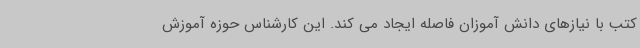
کتب با نیازهای دانش آموزان فاصله ایجاد می کند. این کارشناس حوزه آموزش